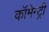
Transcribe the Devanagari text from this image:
कॉमेन्ट्री